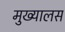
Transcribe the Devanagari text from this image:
मुख्यालस